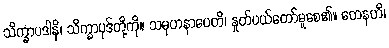
သိက္ခာပဒါနိ၊ သိက္ခာပုဒ်တို့ကို။ သမုဟနာပေတိ၊ နှုတ်ပယ်တော်မူစေ၏။ တေနဟိ၊